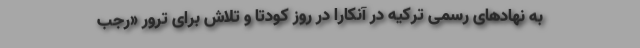
به نهادهای رسمی ترکیه در آنکارا در روز کودتا و تلاش برای ترور «رجب